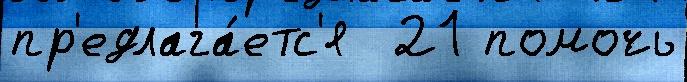
пр'едлага́етс'я  21 помочь